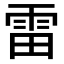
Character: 雷